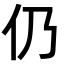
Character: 仍